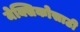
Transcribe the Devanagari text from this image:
मेक्सिकोसाठी